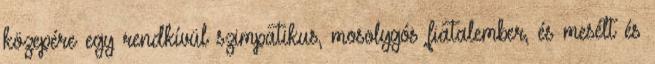
közepére egy rendkívül szimpatikus, mosolygós fiatalember, és mesélt és